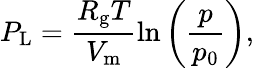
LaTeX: P_{\mathrm{L}}=\frac{R_{\mathrm{g}}T}{V_{\mathrm{m}}}\ln{\left(\frac{p}{p_{0}}\right)},